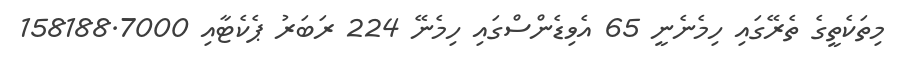
މިތަކެތީގެ ތެރޭގައި ހިމެނެނީ 65 އެވިޑެންސްގައި ހިމެނޭ 224 ރަބަރު ޕެކެޓާއި 158188.7000